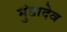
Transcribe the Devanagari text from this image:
मुंडादेव